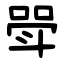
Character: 斝